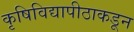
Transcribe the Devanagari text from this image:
कृषिविद्यापीठाकडून